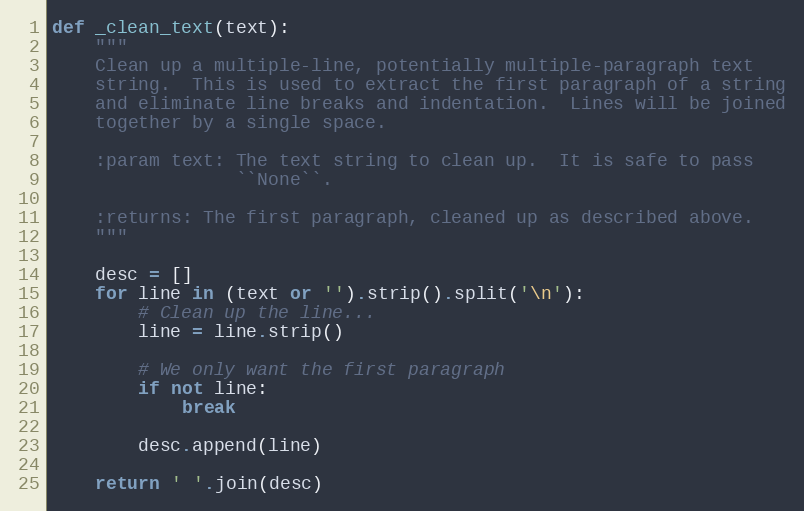
Language: Python
def _clean_text(text):
    """
    Clean up a multiple-line, potentially multiple-paragraph text
    string.  This is used to extract the first paragraph of a string
    and eliminate line breaks and indentation.  Lines will be joined
    together by a single space.

    :param text: The text string to clean up.  It is safe to pass
                 ``None``.

    :returns: The first paragraph, cleaned up as described above.
    """

    desc = []
    for line in (text or '').strip().split('\n'):
        # Clean up the line...
        line = line.strip()

        # We only want the first paragraph
        if not line:
            break

        desc.append(line)

    return ' '.join(desc)